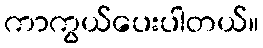
ကာကွယ်ပေးပါတယ်။